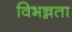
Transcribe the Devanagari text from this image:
विभन्नता